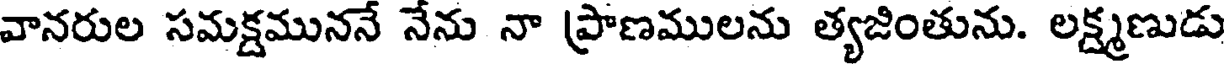
వానరుల సమక్షముననే నేను నా ప్రాణములను త్యజింతును. లక్ష్మణుడు